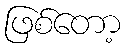
ဖြစ်တော့